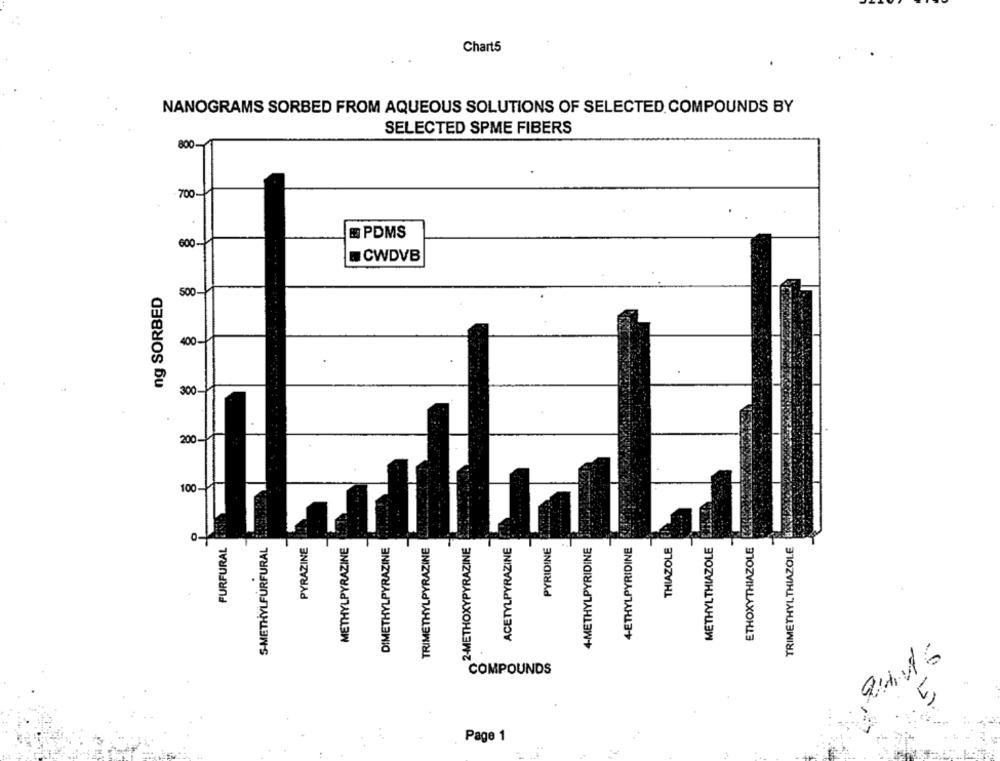
Chart5
NANOGRAMS SORBED FROM AQUEOUS SOLUTIONS OF SELECTED COMPOUNDS BY
SELECTED SPME FIBERS
800
8
8
PDMS
@ CWDVB
ng SORBED
500
400
300-
200.
100
METHYLTHIAZOLE HAYA
FURFURAL
S-METHYLFURFURAL
PYRAZINE
METHYLPYRAZINE
DIMETHYLPYRAZINE
TRIMETHYLPYRAZINE
2-METHOXYPYRAZINE
ACETYLPYRAZINE
PYRIDINE
4-METHYLPYRIDINE
4-ETHYLPYRIDINE
THIAZOLE
ETHOXYTHIAZOLE
TRIMETHYLTHIAZOLE
COMPOUNDS
5
Page 1